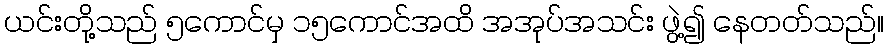
ယင်းတို့သည် ၅ကောင်မှ ၁၅ကောင်အထိ အအုပ်အသင်း ဖွဲ့၍ နေတတ်သည်။